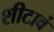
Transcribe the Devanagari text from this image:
शीटावं